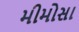
મીમોસા